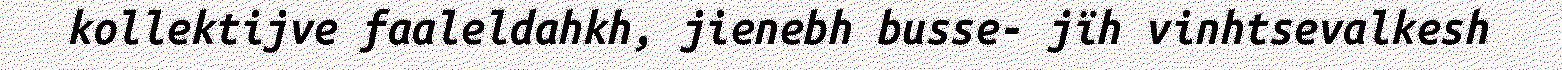
kollektijve faaleldahkh, jienebh busse- jïh vinhtsevalkesh